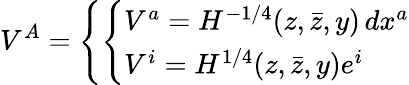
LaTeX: V^{A}=\left\{ \left\{ \begin{array}{ll}{{V^{a}=H^{-1/4}(z,\bar{z},y)\, dx^{a}}}\\ {{V^{i}=H^{1/4}(z,\bar{z},y)e^{i}}}\end{array}\right.\right.